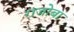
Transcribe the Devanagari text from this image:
राजोबा